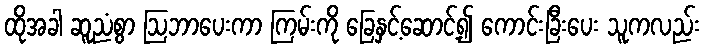
ထိုအခါ ဆူညံစွာ ဩဘာပေးကာ ကြမ်းကို ခြေနှင့်ဆောင့်၍ ကောင်းခြီးပေး သူကလည်း